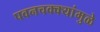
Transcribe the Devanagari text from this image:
पवनचक्‍क्‍यांमुळे